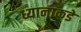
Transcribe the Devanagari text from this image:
ध्यानाकडे